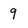
Character: g